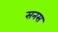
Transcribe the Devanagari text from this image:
सनस